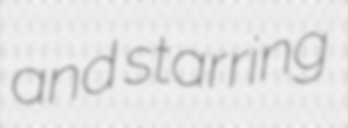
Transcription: and starring